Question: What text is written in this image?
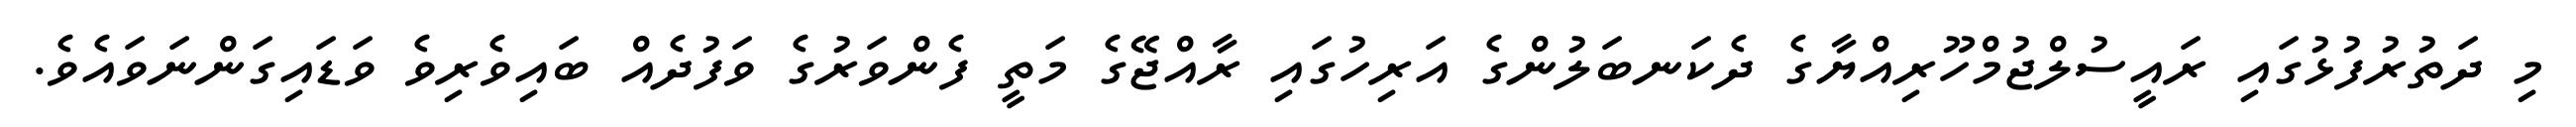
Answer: މި ދަތުރުފުޅުގައި ރައީސުލްޖުމްހޫރިއްޔާގެ ދެކަނބަލުންގެ އަރިހުގައި ރާއްޖޭގެ މަތީ ފެންވަރުގެ ވަފުދެއް ބައިވެރިވެ ވަޑައިގަންނަވައެވެ.